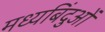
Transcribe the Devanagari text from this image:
मध्यबिंदुओं